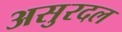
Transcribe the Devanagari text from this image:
असुरदल